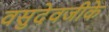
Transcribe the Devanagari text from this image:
वसुदेवजीके